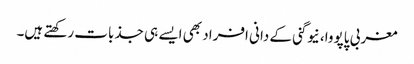
مغربی پاپووا، نیوگنی کے دانی افراد بھی ایسے ہی جذبات رکھتے ہیں۔